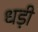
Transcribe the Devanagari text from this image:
धड़ी